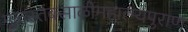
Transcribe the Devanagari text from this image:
मूळस्तंबसाळीमहात्म्यपुराण